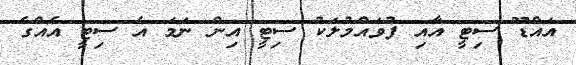
އައްޑޫ ސިޓީ އާއި ފުވައްމުލަކު ސިޓީ އިން ނަމަ އެ ސިޓީ އެއްގެ